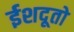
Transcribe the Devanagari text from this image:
ईशदूतो